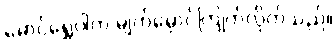
မောင်ရွှေဝါက မျက်မှောင်ကြုတ်လိုက်သည်။